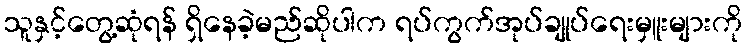
သူနှင့်တွေ့ဆုံရန် ရှိနေခဲ့မည်ဆိုပါက ရပ်ကွက်အုပ်ချုပ်ရေးမှူးများကို